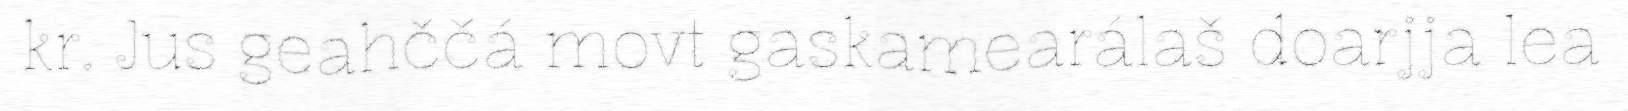
kr. Jus geahččá movt gaskamearálaš doarjja lea